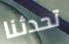
تحدثنا